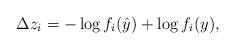
LaTeX: \begin{align*}\Delta z_i= - \log f_i(\hat{y}) + \log f_i(y),\end{align*}